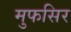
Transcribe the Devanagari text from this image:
मुफसिर